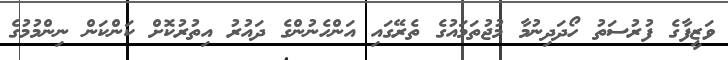
ވަޒީފާގެ ފުރުސަތު ހޯދަދިނުމާ މުޖުތަމައުގެ ތެރޭގައި އަންހެނުންގެ ދައުރު އިތުރުކޮށް ކަންކަން ނިންމުމުގެ